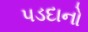
પડદાનો